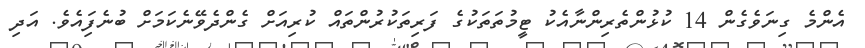
އެންމެ ގިނަވެގެން 14 ކުޅުންތެރިންނާއެކު ޓީމުތަތަކުގެ ފަރިތަކުރުންތައް ކުރިއަށް ގެންދެވޭނެކަމަށް ބުނެފިައެވެ. އަދި